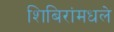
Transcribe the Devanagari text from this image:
शिबिरांमधले